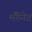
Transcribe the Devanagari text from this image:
मैंगेनेट